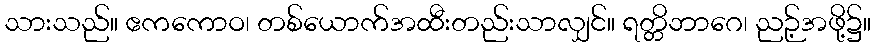
သားသည်။ ဧကကောဝ၊ တစ်ယောက်အထီးတည်းသာလျှင်။ ရတ္တိဘာဂေ၊ ညဉ့်အဖို့၌။